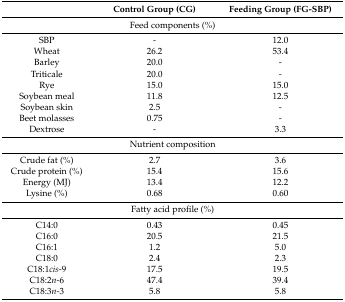
<table><thead><tr><td></td><td><b>Control Group (CG)</b></td><td><b>Feeding Group (FG-SBP)</b></td></tr></thead><tbody><tr><td colspan="3">Feed components (%)</td></tr><tr><td>SBP</td><td>-</td><td>12.0</td></tr><tr><td>Wheat</td><td>26.2</td><td>53.4</td></tr><tr><td>Barley</td><td>20.0</td><td>-</td></tr><tr><td>Triticale</td><td>20.0</td><td>-</td></tr><tr><td>Rye</td><td>15.0</td><td>15.0</td></tr><tr><td>Soybean meal</td><td>11.8</td><td>12.5</td></tr><tr><td>Soybean skin</td><td>2.5</td><td>-</td></tr><tr><td>Beet molasses</td><td>0.75</td><td>-</td></tr><tr><td>Dextrose</td><td>-</td><td>3.3</td></tr><tr><td colspan="3">Nutrient composition</td></tr><tr><td>Crude fat (%)</td><td>2.7</td><td>3.6</td></tr><tr><td>Crude protein (%)</td><td>15.4</td><td>15.6</td></tr><tr><td>Energy (MJ)</td><td>13.4</td><td>12.2</td></tr><tr><td>Lysine (%)</td><td>0.68</td><td>0.60</td></tr><tr><td colspan="3">Fatty acid profile (%)</td></tr><tr><td>C14:0</td><td>0.43</td><td>0.45</td></tr><tr><td>C16:0</td><td>20.5</td><td>21.5</td></tr><tr><td>C16:1</td><td>1.2</td><td>5.0</td></tr><tr><td>C18:0</td><td>2.4</td><td>2.3</td></tr><tr><td>C18:1<i>cis</i>-9</td><td>17.5</td><td>19.5</td></tr><tr><td>C18:2<i>n</i>-6</td><td>47.4</td><td>39.4</td></tr><tr><td>C18:3<i>n</i>-3</td><td>5.8</td><td>5.8</td></tr></tbody></table>